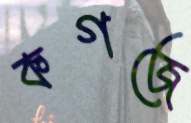
কগজে